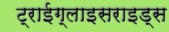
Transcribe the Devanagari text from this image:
ट्राईग्लाइसराइड्स